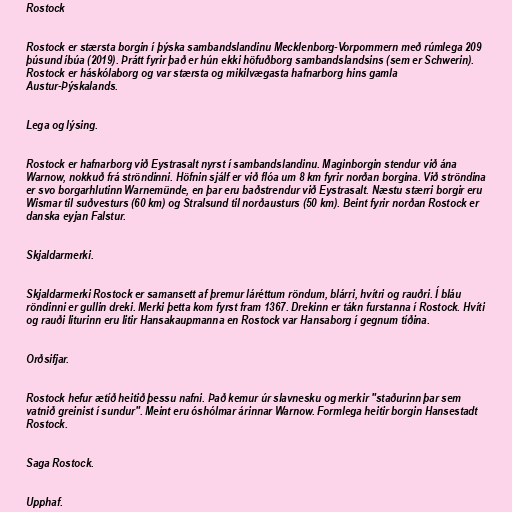
Rostock

Rostock er stærsta borgin í þýska sambandslandinu Mecklenborg-Vorpommern með rúmlega 209
þúsund íbúa (2019). Þrátt fyrir það er hún ekki höfuðborg sambandslandsins (sem er Schwerin).
Rostock er háskólaborg og var stærsta og mikilvægasta hafnarborg hins gamla
Austur-Þýskalands.

Lega og lýsing.

Rostock er hafnarborg við Eystrasalt nyrst í sambandslandinu. Maginborgin stendur við ána
Warnow, nokkuð frá ströndinni. Höfnin sjálf er við flóa um 8 km fyrir norðan borgina. Við ströndina
er svo borgarhlutinn Warnemünde, en þar eru baðstrendur við Eystrasalt. Næstu stærri borgir eru
Wismar til suðvesturs (60 km) og Stralsund til norðausturs (50 km). Beint fyrir norðan Rostock er
danska eyjan Falstur.

Skjaldarmerki.

Skjaldarmerki Rostock er samansett af þremur láréttum röndum, blárri, hvítri og rauðri. Í bláu
röndinni er gullin dreki. Merki þetta kom fyrst fram 1367. Drekinn er tákn furstanna í Rostock. Hvíti
og rauði liturinn eru litir Hansakaupmanna en Rostock var Hansaborg í gegnum tíðina.

Orðsifjar.

Rostock hefur ætíð heitið þessu nafni. Það kemur úr slavnesku og merkir "staðurinn þar sem
vatnið greinist í sundur". Meint eru óshólmar árinnar Warnow. Formlega heitir borgin Hansestadt
Rostock.

Saga Rostock.

Upphaf.